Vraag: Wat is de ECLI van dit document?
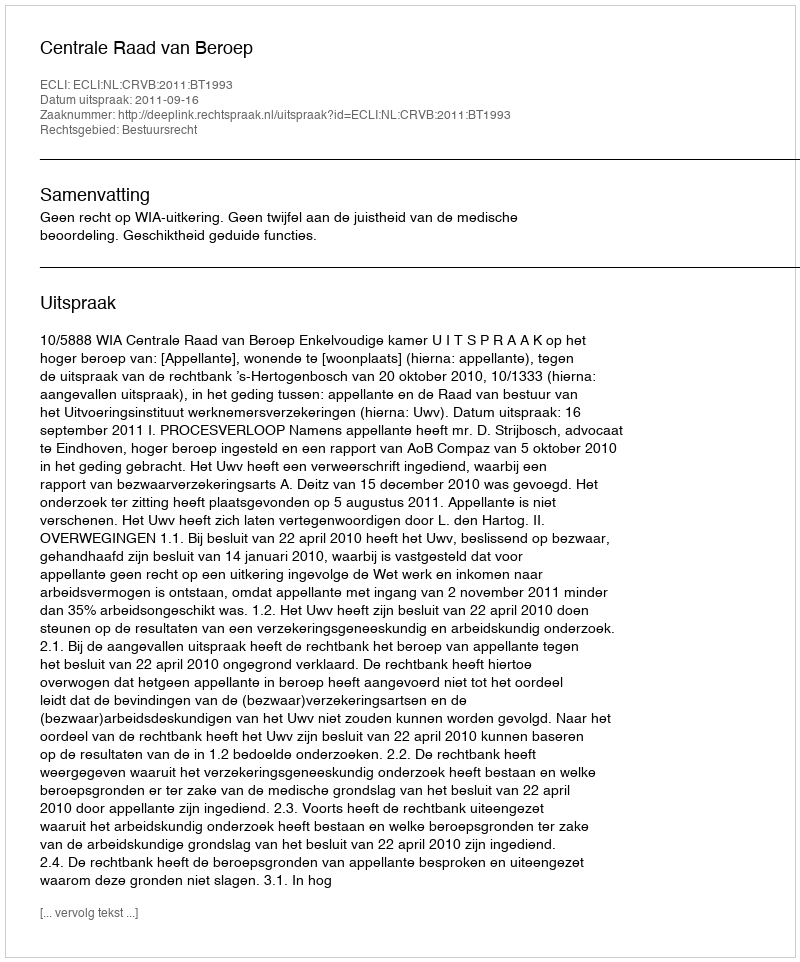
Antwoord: ECLI:NL:CRVB:2011:BT1993